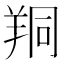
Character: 𦍻